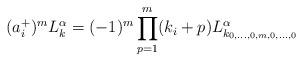
LaTeX: \begin{align*}(a^+_i)^mL^\alpha_k=(-1)^m\prod_{p=1}^m(k_i+p)L^{\alpha}_{k_{0,\dots,0,m,0,\dots,0}}\end{align*}